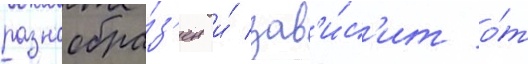
разнообра́з'ен и́ зав'и́с'ит о́т